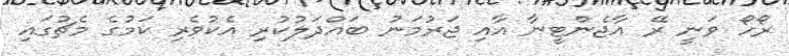
ރޯހޯ ވަނީ ރޭ އާޖެންޓީނާ އާއި ޖަރުމަނު ބައްދަލުކުރި އެކުވެރި ކަމުގެ މެޗުގައި